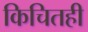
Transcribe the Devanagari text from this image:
किचितही